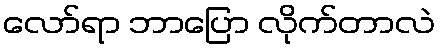
လော်ရာ ဘာပြော လိုက်တာလဲ